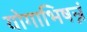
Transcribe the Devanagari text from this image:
योगाभिषन्नं